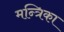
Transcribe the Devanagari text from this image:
मन्त्रिका